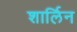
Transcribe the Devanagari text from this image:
शार्लिन